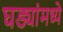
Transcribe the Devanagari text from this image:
घड्यांमध्ये